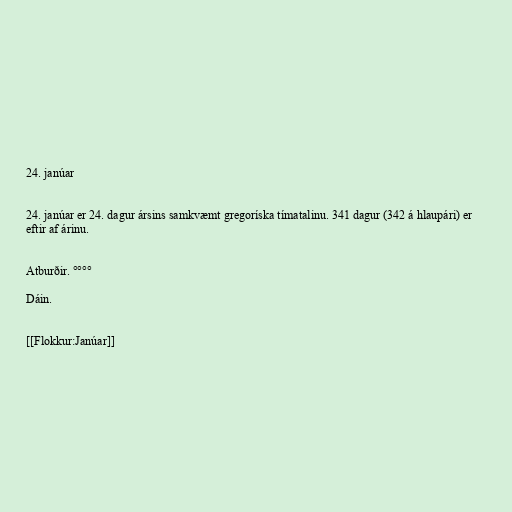
24. janúar

24. janúar er 24. dagur ársins samkvæmt gregoríska tímatalinu. 341 dagur (342 á hlaupári) er
eftir af árinu.

Atburðir. °°°°

Dáin.

[[Flokkur:Janúar]]